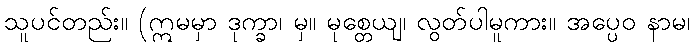
သူပင်တည်း။ (ဣမမှာ ဒုက္ခာ၊ မှ။ မုစ္တေယျ၊ လွတ်ပါမူကား။ အပ္ပေဝ နာမ၊